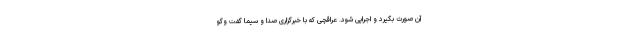
آن صورت بگیرد و اجرایی شود. عراقچی که با خبرگزاری صدا و سیما گفت وگو